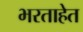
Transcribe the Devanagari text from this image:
भरताहेत